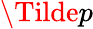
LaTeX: \Tilde{p}